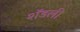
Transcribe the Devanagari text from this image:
शॅडली